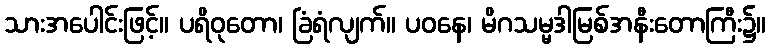
သားအပေါင်းဖြင့်။ ပရိဝုတော၊ ခြံရံလျက်။ ပဝနေ၊ မိဂသမ္မဒါမြစ်အနီးတောကြီး၌။